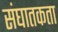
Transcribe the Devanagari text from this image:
संघातकता